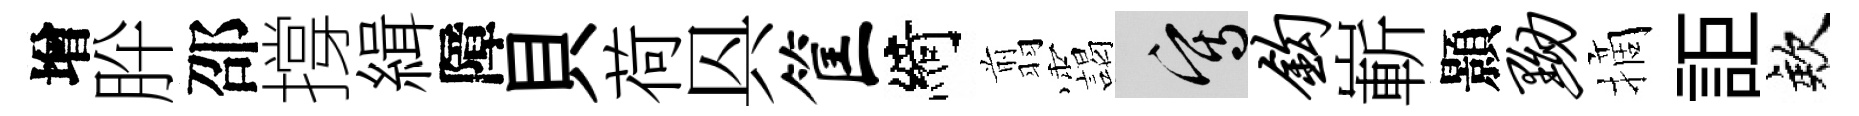
增肸邵撐緝障貝荷㒷筐綺翦靄寫钩嶄顥黝摘詎欸